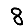
Digit: 8